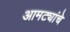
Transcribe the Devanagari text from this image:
आमट्यांचे